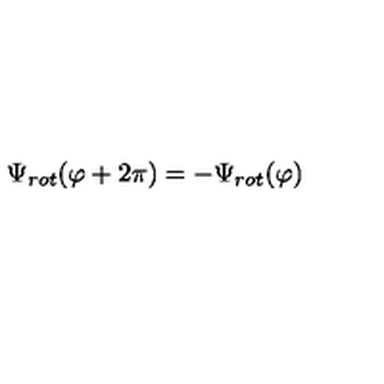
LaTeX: \Psi _ { r o t } ( \varphi + 2 \pi ) = - \Psi _ { r o t } ( \varphi )